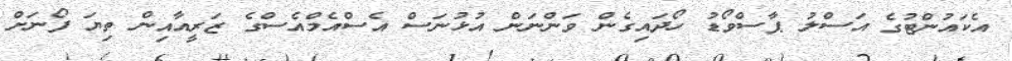
އެކައުންޓުގެ އަސްލު ޕާސްވޯޑު ހޯދައިގެން ވަންނަން އުޅުނަސް އެސްއެމްއެސްގެ ޒަރީއާއިން ތިޔަ ފޯނަށް